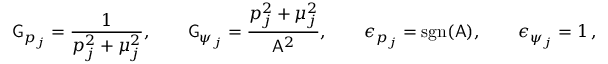
\mathsf { G } _ { p _ { j } } = \frac { 1 } { { p _ { j } ^ { 2 } + \mu _ { j } ^ { 2 } } } , \qquad \mathsf { G } _ { \psi _ { j } } = \frac { p _ { j } ^ { 2 } + \mu _ { j } ^ { 2 } } { \mathsf { A } ^ { 2 } } , \qquad \epsilon _ { p _ { j } } = \mathrm { s g n } ( \mathsf { A } ) , \qquad \epsilon _ { \psi _ { j } } = 1 \, ,